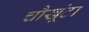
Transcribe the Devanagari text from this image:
चौखूंटा